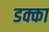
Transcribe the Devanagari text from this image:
डक्का